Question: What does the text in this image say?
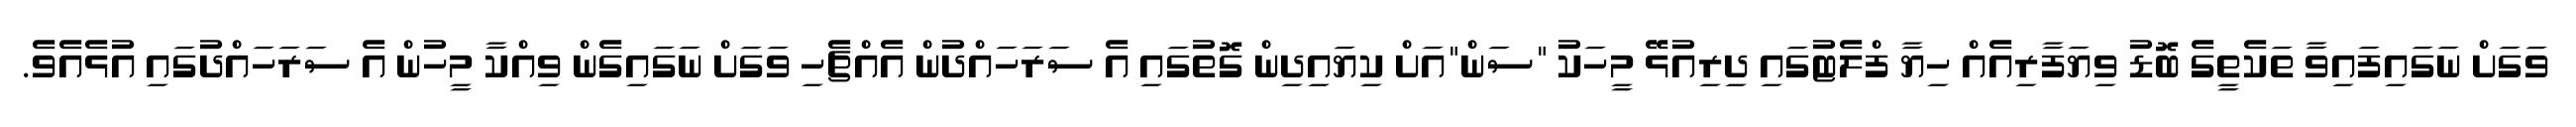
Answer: ވަގަށް ނަގައިފައިވާ ތަކެތީގެ ބޮޑު ވިޔަފާރިއެއް ހިޔާ ފްލެޓުގައި ދިރިއުޅޭ މީހަކު "ސަން"އަށް ކިޔައިދިން ގޮތުގައި އެ ސަރަހައްދުން އެއްޗެހި ވަގަށް ނަގައިގެން ވިއްކާ މީހުން އެ ސަރަހައްދުގައި އުޅެއެވެ.